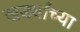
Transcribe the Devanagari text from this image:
खर्ड्यांच्या